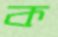
ক